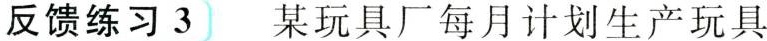
反馈练习3 某玩具厂每月计划生产玩具